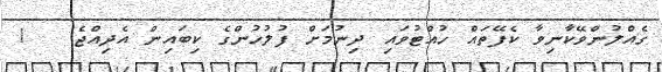
ގެއްލުންވޭކާނިވާ ކެފޭތައް ހުއްޓުވައި ދިނުމަށް ފުލުހުންގެ ކިބައިން އެދިއްޖެ   !